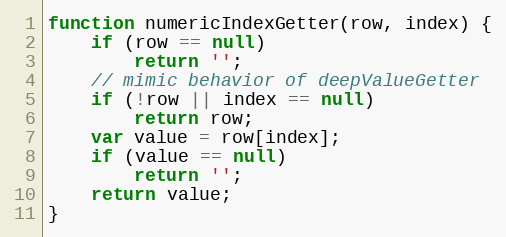
Language: JavaScript
function numericIndexGetter(row, index) {
    if (row == null)
        return '';
    // mimic behavior of deepValueGetter
    if (!row || index == null)
        return row;
    var value = row[index];
    if (value == null)
        return '';
    return value;
}